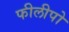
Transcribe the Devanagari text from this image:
फीलीपो